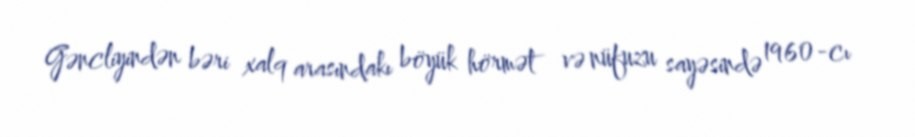
Gəncliyindən bəri xalq arasındakı böyük hörmət və nüfuzu sayəsində 1960-cı